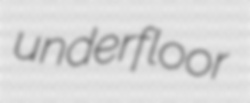
underfloor